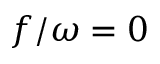
f / \omega = 0